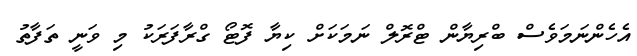
އެހެންނަމަވެސް ބްރިޔާން ޓްރޮލް ނަމަކަށް ކިޔާ ފޮޓޯ ގްރާފަރަކު މި ވަނީ ތަފާތު